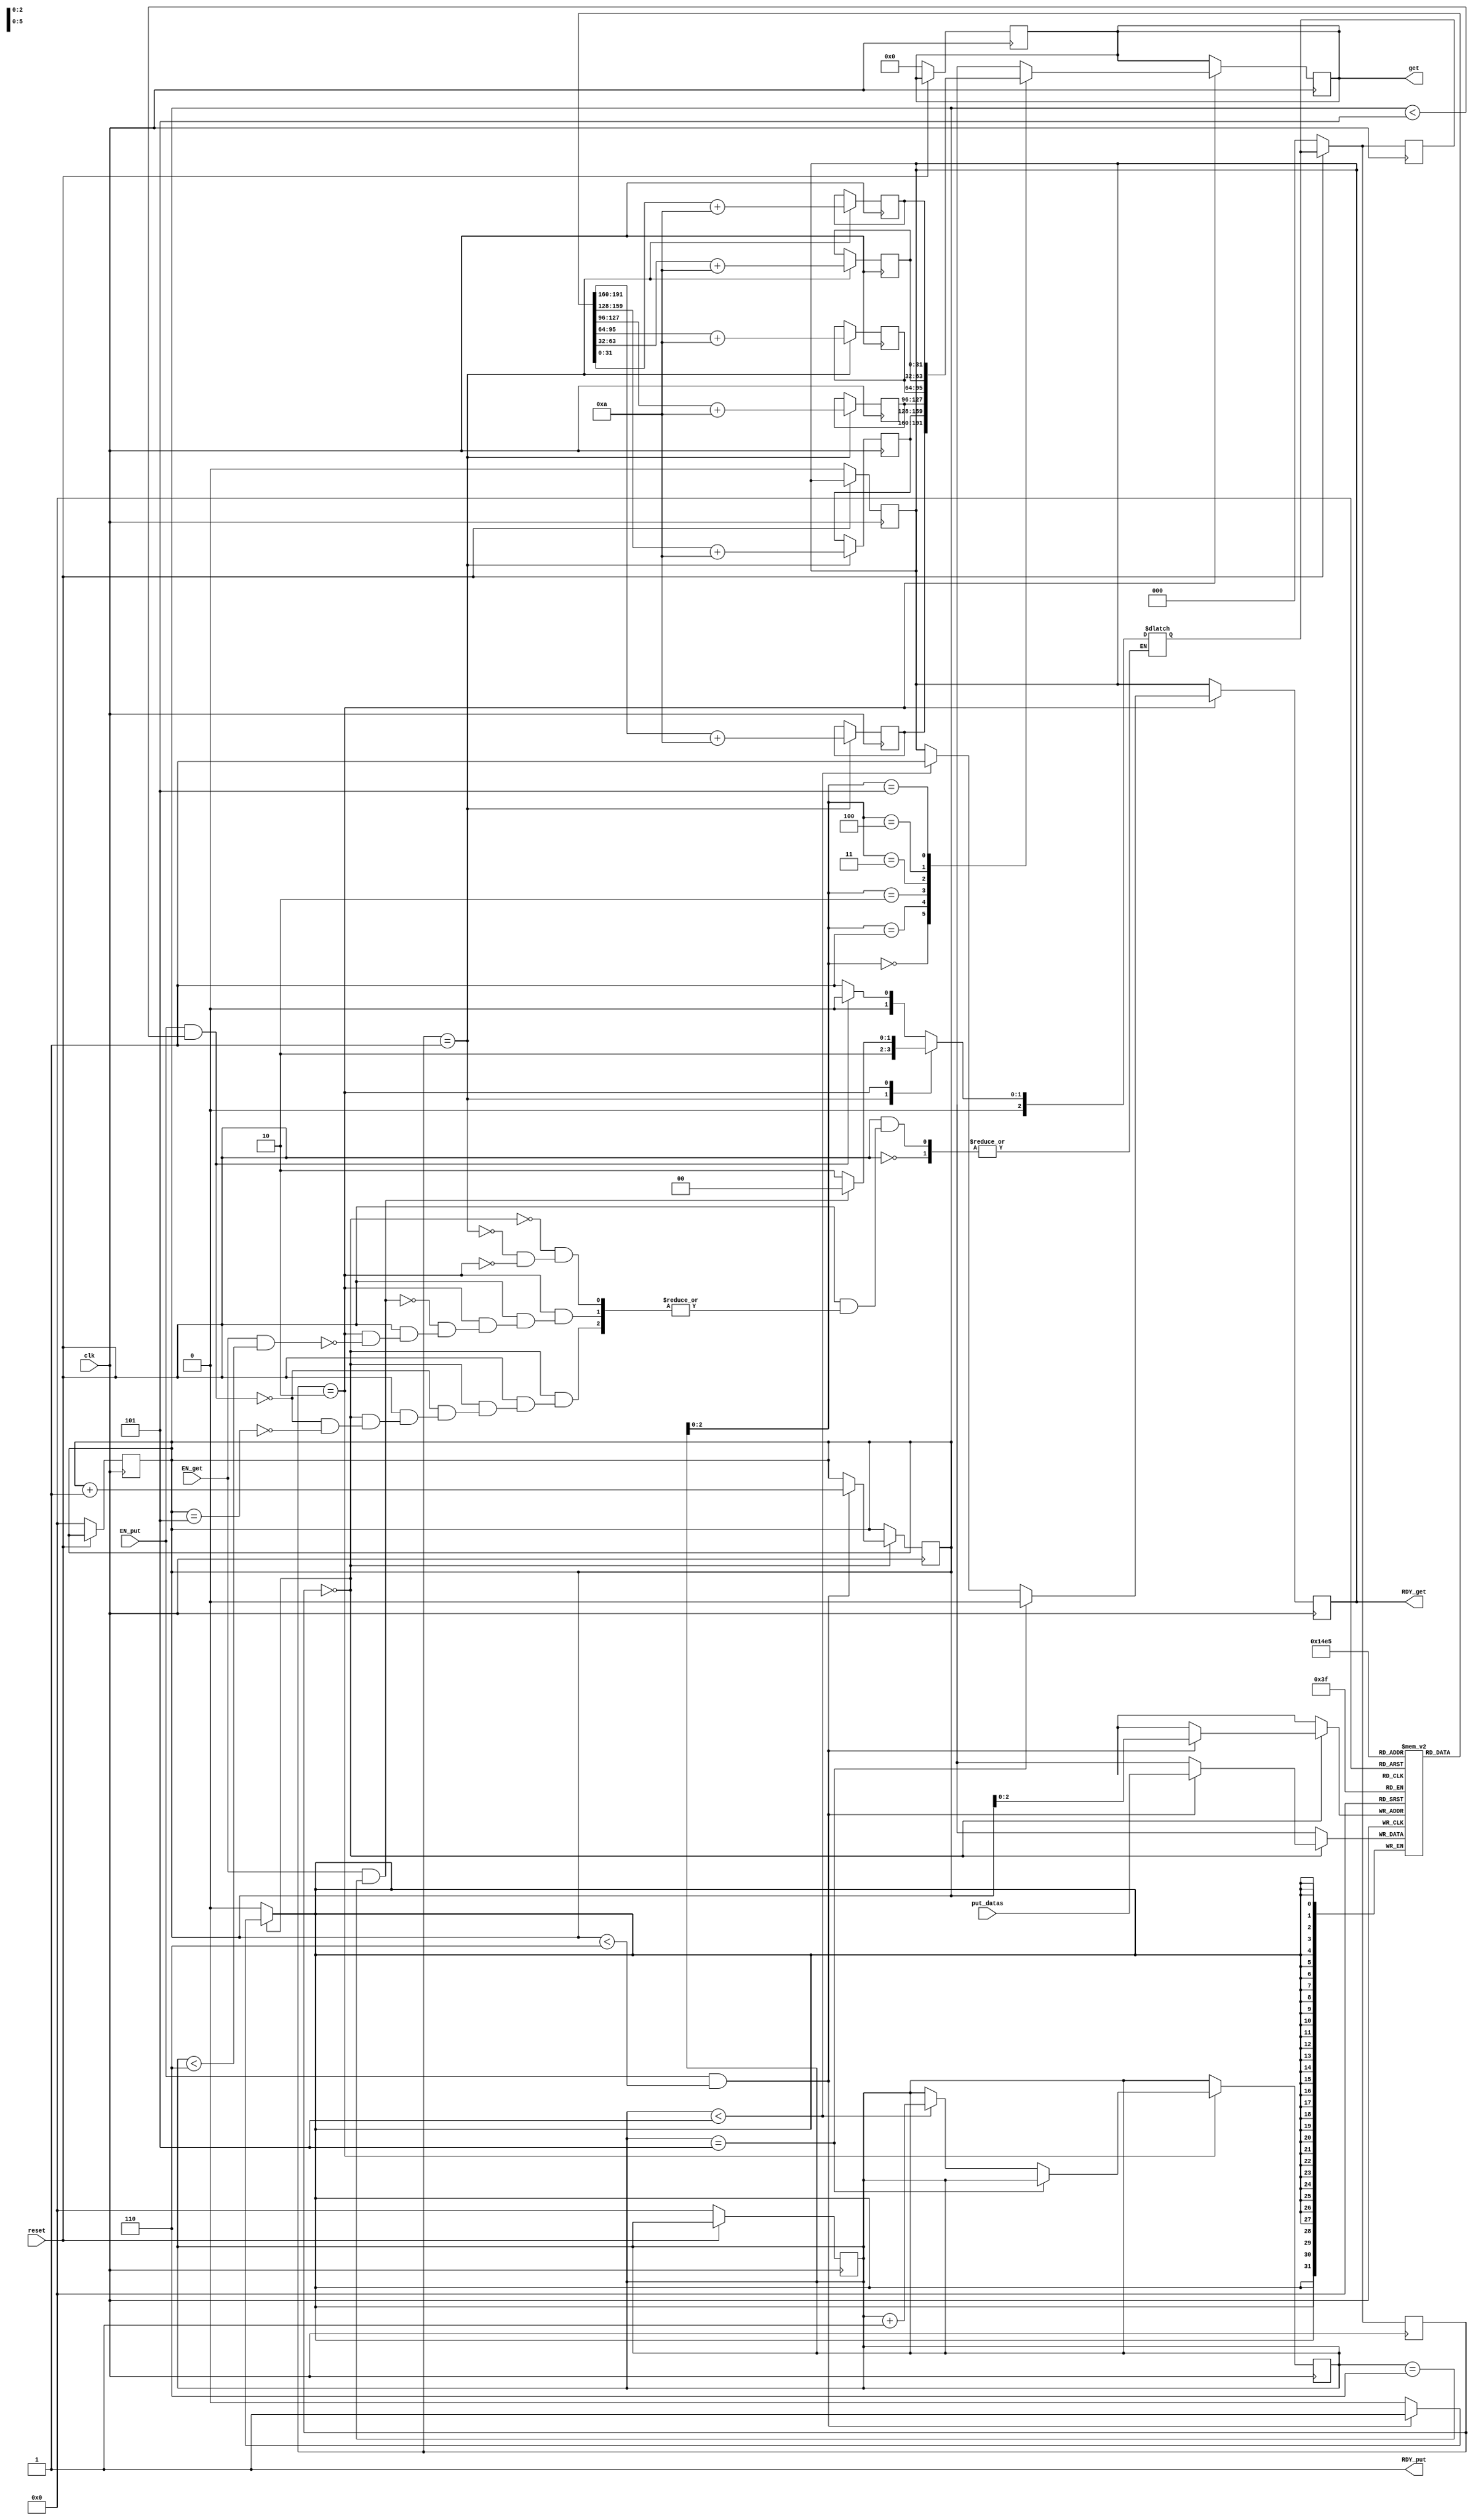
`ifdef BSV_ASSIGNMENT_DELAY
`else
  `define BSV_ASSIGNMENT_DELAY
`endif

`ifdef BSV_POSITIVE_RESET
  `define BSV_RESET_VALUE 1'b1
  `define BSV_RESET_EDGE posedge
`else
  `define BSV_RESET_VALUE 1'b0
  `define BSV_RESET_EDGE negedge
`endif

`ifdef BSV_ASYNC_RESET
 `define BSV_ARESET_EDGE_META or `BSV_RESET_EDGE RST
`else
 `define BSV_ARESET_EDGE_META
`endif

`ifdef BSV_RESET_FIFO_HEAD
 `define BSV_ARESET_EDGE_HEAD `BSV_ARESET_EDGE_META
`else
 `define BSV_ARESET_EDGE_HEAD
`endif
module mkCpu(put_datas,clk,reset,get,RDY_get,EN_get,RDY_put,EN_put);
input clk;
input reset;
input EN_get;
input EN_put;
(*keep = "True"*)input [31:0] put_datas;

output wire RDY_get;
output wire RDY_put;

output [31:0] get;
wire [31:0] get;

reg [5:0] cnt_in;
reg [31:0] in_arr [5:0];
reg [31:0] out_arr [5:0];
reg [5:0] cnt_out;
reg [31:0] out;
reg out_ready;
reg [2:0] next_state;
reg [2:0] state;

localparam Accumulate = 0;
localparam Compute = 1;
localparam Flush = 2;
`ifdef BSV_NO_INITIAL_BLOCKS
`else // not BSV_NO_INITIAL_BLOCKS
   // synopsys translate_off
   initial
     begin
        // data0_reg   = {((width + 1)/2) {2'b10}} ;
        // data1_reg  = {((width + 1)/2) {2'b10}} ;
        // empty_reg = 1'b0;
        // full_reg  = 1'b1;
        cnt_in<= 1'b0;
        out<=0;
        out_ready<=1'b0;

     end // initial begin
   // synopsys translate_on
`endif
always @(posedge clk `BSV_ARESET_EDGE_META)begin
if (reset == `BSV_RESET_VALUE)
        begin
           // empty_reg <= `BSV_ASSIGNMENT_DELAY 1'b0;
           // full_reg  <= `BSV_ASSIGNMENT_DELAY 1'b1;
           cnt_in<=`BSV_ASSIGNMENT_DELAY 1'b0;
           cnt_out<=`BSV_ASSIGNMENT_DELAY 1'b0;
           // out_arr[0]<=0;
           // out_arr[1]<=0;
           // out_arr[2]<=0;
           // out_arr[3]<=0;
           // out_arr[4]<=0;
           // out_arr[5]<=0;
           // in_arr[0]<=0;
           // in_arr[1]<=0;
           // in_arr[2]<=0;
           // in_arr[3]<=0;
           // in_arr[4]<=0;
           // in_arr[5]<=0;
           out<=`BSV_ASSIGNMENT_DELAY 32'b0;
           out_ready<=`BSV_ASSIGNMENT_DELAY 1'b0;
           state<=Accumulate;
           next_state<=Accumulate;
        end // if (RST == `BSV_RESET_VALUE)

  // if(!reset)begin
  //   cnt_in<=0;
  //   cnt_out<=0;
  //   out_arr[0]<=0;
  //   out_arr[1]<=0;
  //   out_arr[2]<=0;
  //   out_arr[3]<=0;
  //   out_arr[4]<=0;
  //   out_arr[5]<=0;
  //   in_arr[0]<=0;
  //   in_arr[1]<=0;
  //   in_arr[2]<=0;
  //   in_arr[3]<=0;
  //   in_arr[4]<=0;
  //   in_arr[5]<=0;
  //   out<=0;
  //   out_ready<=0;
  //   state<=Accumulate;
  //   next_state<=Accumulate;
  //
  // end
  else begin
    state <= next_state;
  end
end
always@(*)begin
  if(!reset) begin

  end
  else begin
  // next_state=state;
  case(state)
        Accumulate:
            begin
                if(EN_put && RDY_put && cnt_in<5)begin
                    next_state=Accumulate;
                end
                else if(cnt_in==5)begin
                    next_state=Compute;
                end
            end
        Compute:
            begin
                next_state=Flush;
            end

        Flush:
          begin
              if(EN_get && cnt_out<6)begin
                  next_state=Flush;
              end
              if(EN_get && cnt_out==6) begin
                  next_state=Accumulate;
              end
          end
      endcase
    end
  end
always @(posedge clk)begin
case(state)
    Accumulate:
     begin
        if(EN_put && RDY_put && cnt_in<6)begin
            cnt_in<=cnt_in+1;
            in_arr[cnt_in]<=put_datas;
        end
     end
    Compute:
        begin
            out_arr[0]<=in_arr[0]+10;
            out_arr[1]<=in_arr[1]+10;
            out_arr[2]<=in_arr[2]+10;
            out_arr[3]<=in_arr[3]+10;
            out_arr[4]<=in_arr[4]+10;
            out_arr[5]<=in_arr[5]+10;
        end
    Flush:
        begin
            //if(EN_get && cnt_out<5)begin
              out<=out_arr[cnt_out];
              if(cnt_out==5)
                out_ready<=0;
              else if(cnt_out<5)begin
                out_ready<=1;
                cnt_out<=cnt_out+1;
              end

           //end
        end
  endcase
end

assign RDY_put = 1;//(cnt_in<6)?1:0;
assign RDY_get = out_ready;
assign get = out;

endmodule